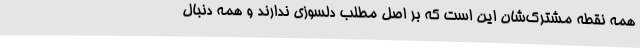
همه نقطه مشترک‌شان این است که بر اصل مطلب دلسوزی ندارند و همه دنبال